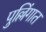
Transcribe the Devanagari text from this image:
पुल्लिंगात